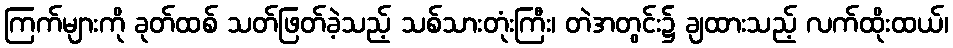
ကြက်များကို ခုတ်ထစ် သတ်ဖြတ်ခဲ့သည့် သစ်သားတုံးကြီး၊ တဲအတွင်း၌ ချထားသည့် လက်ထိုးထယ်၊